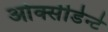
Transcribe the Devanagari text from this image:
ओक्सीडेन्टे